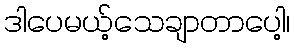
ဒါပေမယ့်သေချာတာပေါ့၊